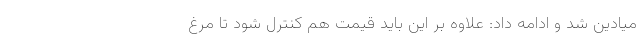
میادین شد و ادامه داد: علاوه بر این باید قیمت هم کنترل شود تا مرغ